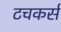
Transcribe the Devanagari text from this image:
टचकर्स